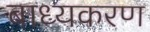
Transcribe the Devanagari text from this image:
बाध्यकरण